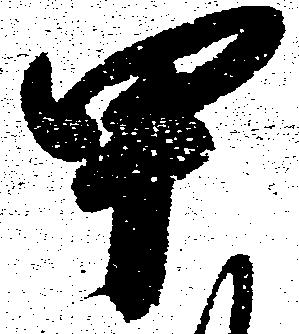
甲